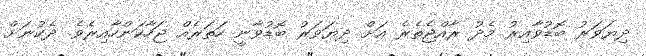
ދިޔަވަރު ބޮޑުވާއިރު މެދު ރާއްޖެތެރެ އަށް ދިޔަވަރު ބޮޑުވާނީ ހަތަރެއް ޖަހާކަންހާއިރެވެ. ދެކުނަށް